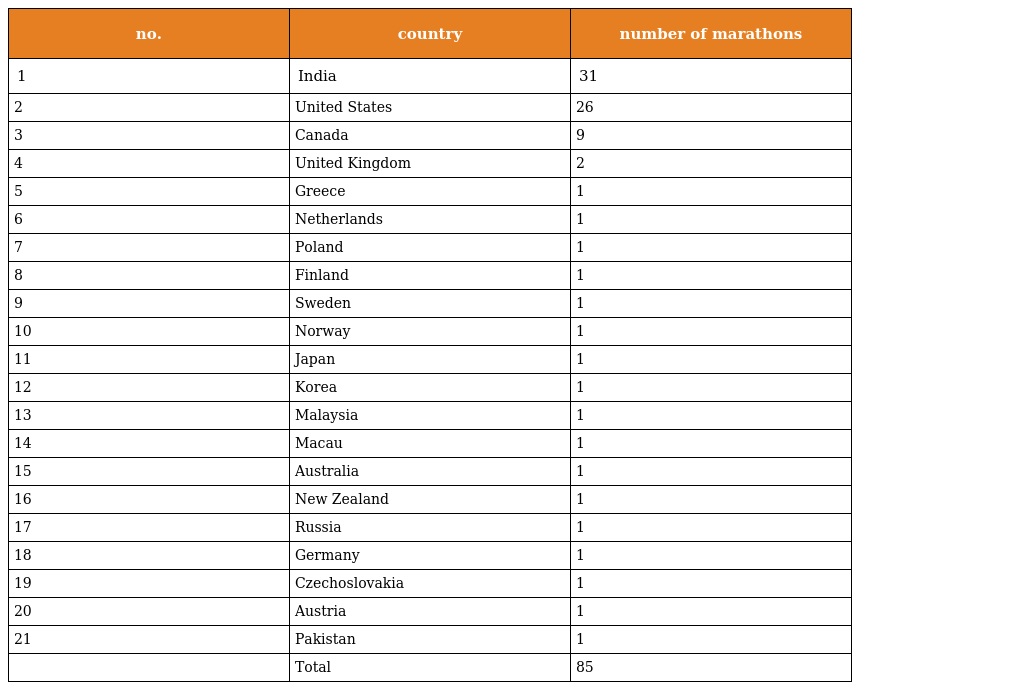
| no. | country | number of marathons |
 | --- | --- | --- |
 | 1 | India | 31 |
 | 2 | United States | 26 |
 | 3 | Canada | 9 |
 | 4 | United Kingdom | 2 |
 | 5 | Greece | 1 |
 | 6 | Netherlands | 1 |
 | 7 | Poland | 1 |
 | 8 | Finland | 1 |
 | 9 | Sweden | 1 |
 | 10 | Norway | 1 |
 | 11 | Japan | 1 |
 | 12 | Korea | 1 |
 | 13 | Malaysia | 1 |
 | 14 | Macau | 1 |
 | 15 | Australia | 1 |
 | 16 | New Zealand | 1 |
 | 17 | Russia | 1 |
 | 18 | Germany | 1 |
 | 19 | Czechoslovakia | 1 |
 | 20 | Austria | 1 |
 | 21 | Pakistan | 1 |
 |  | Total | 85 |